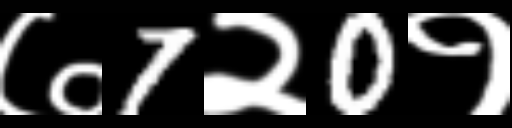
Text: ७7२0१